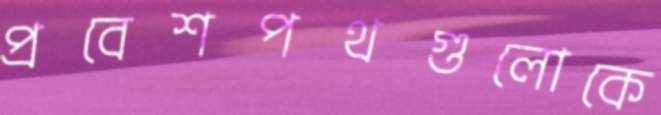
প্রবেশপথগুলোকে